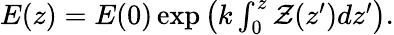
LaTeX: \begin{array}{r}{E(z)=E(0)\exp\left(k\int_{0}^{z}\mathcal{Z}(z^{\prime})dz^{\prime}\right).}\end{array}